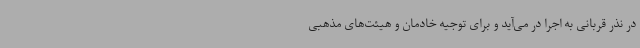
در نذر قربانی به اجرا در می‌آید و برای توجیه خادمان و هیئت‌های مذهبی